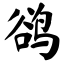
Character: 鹆